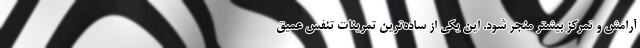
آرامش و تمرکز بیشتر منجر شود. این یکی از ساده‌ترین تمرینات تنفس عمیق